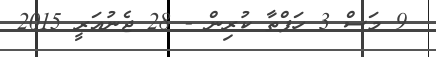
9 މަސް 3 ހަފްތާ ކުރިން - 28 ޖެނުއަރީ 2015